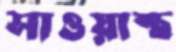
সাওয়াস্থ